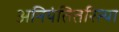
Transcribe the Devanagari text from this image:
अनियंतितरित्या